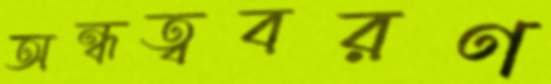
অন্ধত্ববরণ